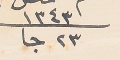
١٣٤٣ ٢٣ جا